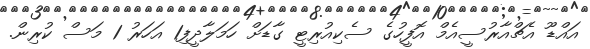
އައްޑޫ އެޗްއާރުސީއެމް އޮފީހުގެ ސެކިއުރިޓީ ގާޑަށް ހަމަލާދީފި1 އަހަރު 1 މަސް ކުރިން.